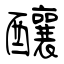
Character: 釀